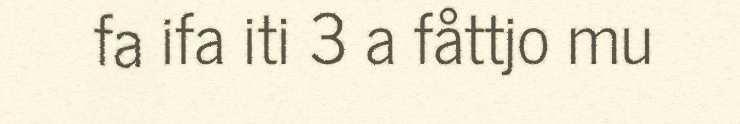
fa ifa iti 3 a fåttjo mu